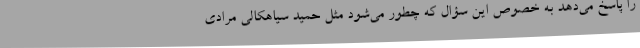
را پاسخ می‌دهد به خصوص این سؤال که چطور می‌شود مثل حمید سیاهکالی مرادی